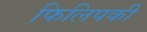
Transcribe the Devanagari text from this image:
फिलिपकी